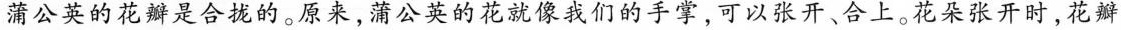
蒲公英的花瓣是合拢的。原来，蒲公英的花就像我们的手掌，可以张开、合上。花朵张开时，花瓣